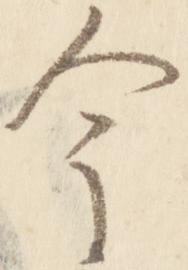
今